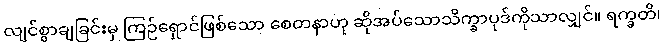
လျင်စွာချခြင်းမှ ကြဉ်ရှောင်ဖြစ်သော စေတနာဟု ဆိုအပ်သောသိက္ခာပုဒ်ကိုသာလျှင်။ ရက္ခတိ၊